Scottish Leaving Certificate Examination, 1961
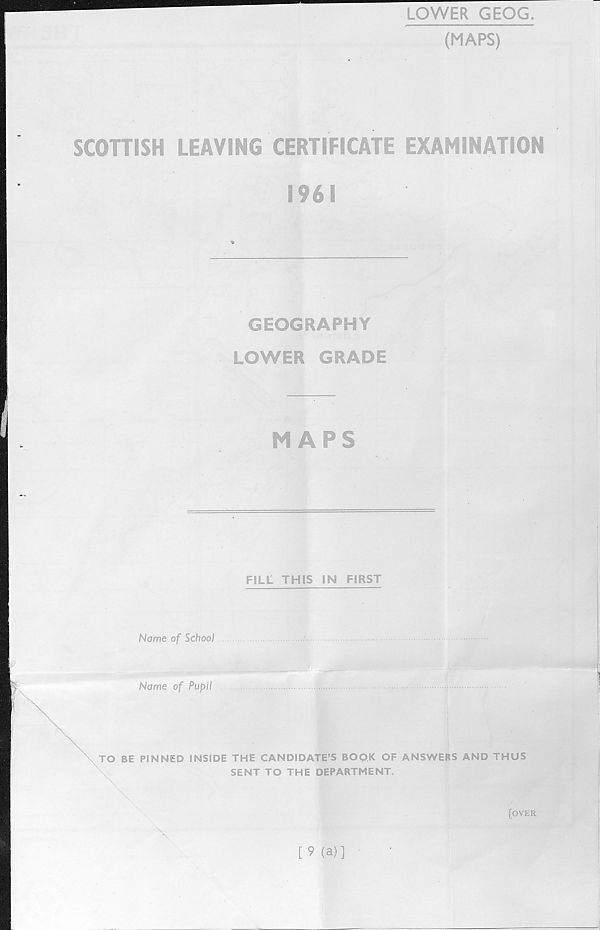
LOWER GEOG.
(MAPS)
SCOTTISH LEAVING CERTIFICATE EXAMINATION
1961
GEOGRAPHY
LOWER GRADE
MAPS
FILL THIS IN FIRST
Nome of School
Name of Pupil
TO BE PINNED INSIDE THE CANDIDATE'S BOOK OF ANSWERS AND THUS
SENT TO THE DEPARTMENT.
[OVER
[9 (a)]